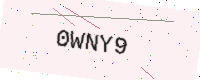
Text: 0WNY9